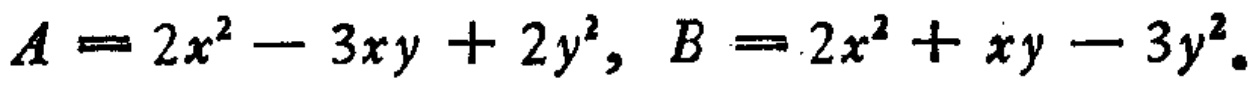
$A = 2x^{2}-3xy + 2y^{2}, B = 2x^{2}+xy - 3y^{2}.$